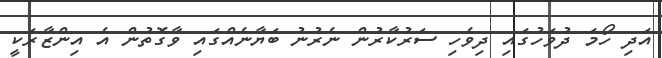
އަދި ހޯމަ ދުވަހުގައި ދިވެހި ސަރުކާރުން ނެރުނު ބަޔާނެއްގައި ވާގޮތުން އެ އިންޒާރަކީ